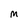
Character: M